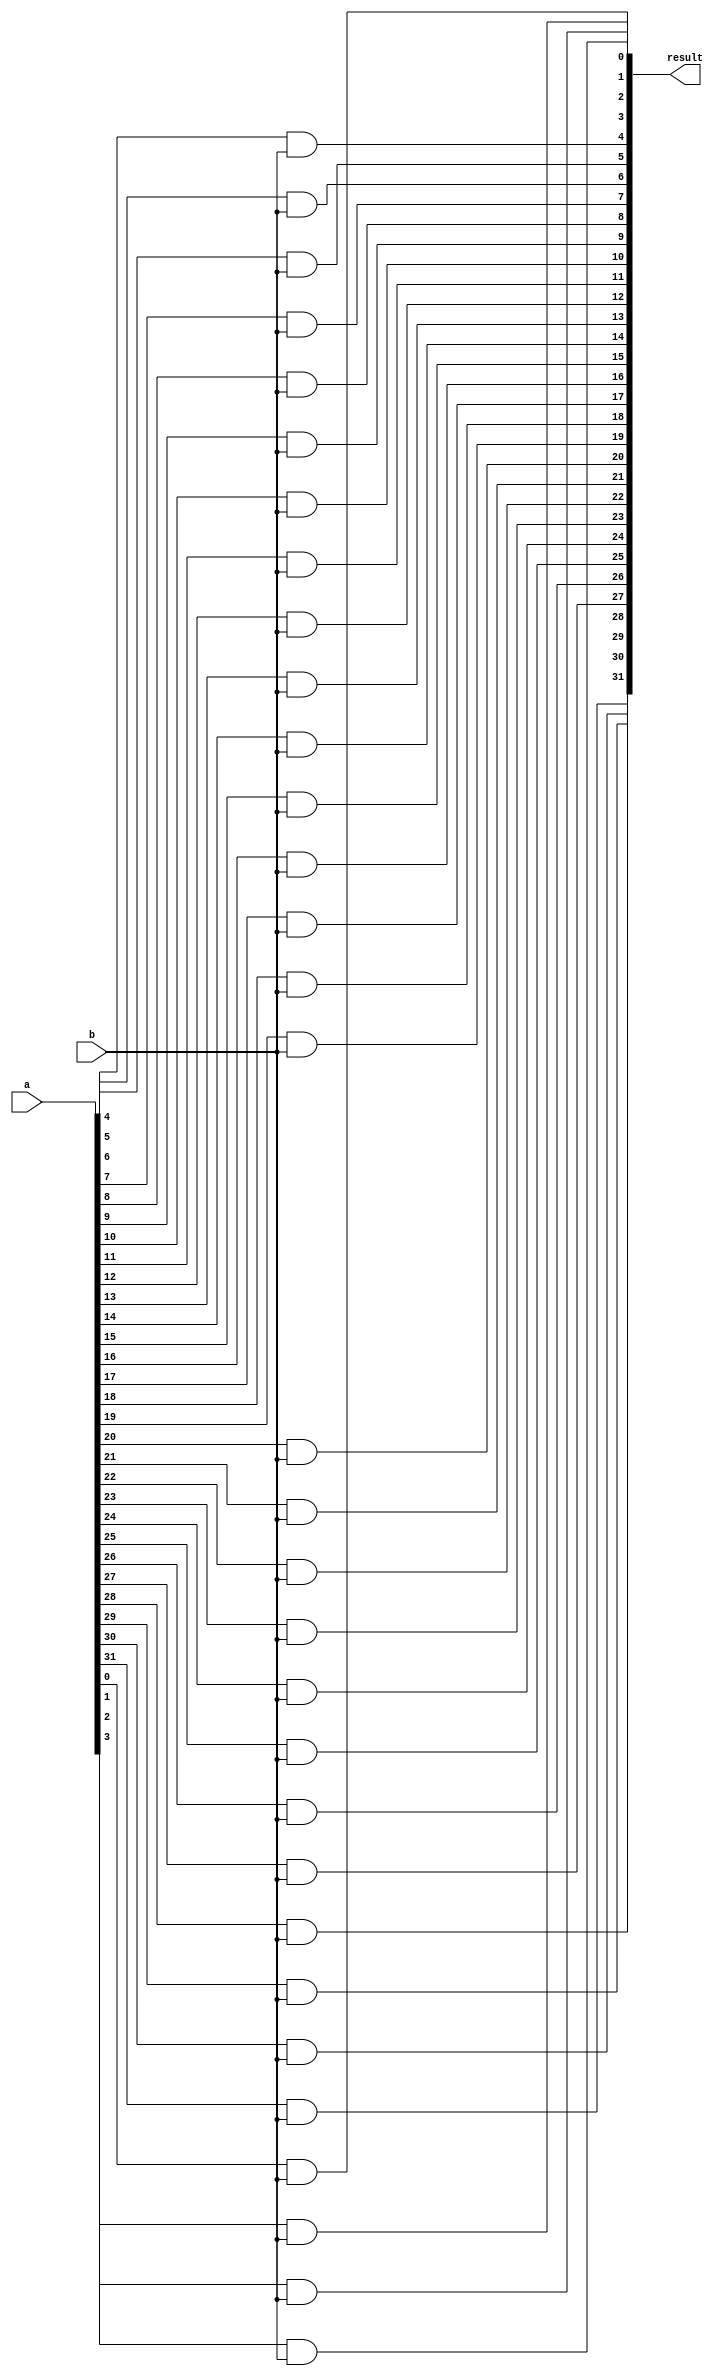
module and_32bit_v2(result,a,b);
input[31:0] a;
input b;
output [31:0] result;
	
and and0(result[0],a[0],b);
and and1(result[1],a[1],b);
and and2(result[2],a[2],b);
and and3(result[3],a[3],b);
and and4(result[4],a[4],b);
and and5(result[5],a[5],b);
and and6(result[6],a[6],b);
and and7(result[7],a[7],b);
and and8(result[8],a[8],b);
and and9(result[9],a[9],b);
and and10(result[10],a[10],b);
and and11(result[11],a[11],b);
and and12(result[12],a[12],b);
and and13(result[13],a[13],b);
and and14(result[14],a[14],b);
and and15(result[15],a[15],b);
and and16(result[16],a[16],b);
and and17(result[17],a[17],b);
and and18(result[18],a[18],b);
and and19(result[19],a[19],b);
and and20(result[20],a[20],b);
and and21(result[21],a[21],b);
and and22(result[22],a[22],b);
and and23(result[23],a[23],b);
and and24(result[24],a[24],b);
and and25(result[25],a[25],b);
and and26(result[26],a[26],b);
and and27(result[27],a[27],b);
and and28(result[28],a[28],b);
and and29(result[29],a[29],b);
and and30(result[30],a[30],b);
and and31(result[31],a[31],b);

endmodule